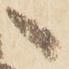
へ